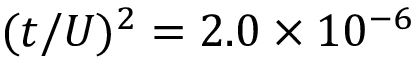
( t / U ) ^ { 2 } = 2 . 0 \times 1 0 ^ { - 6 }